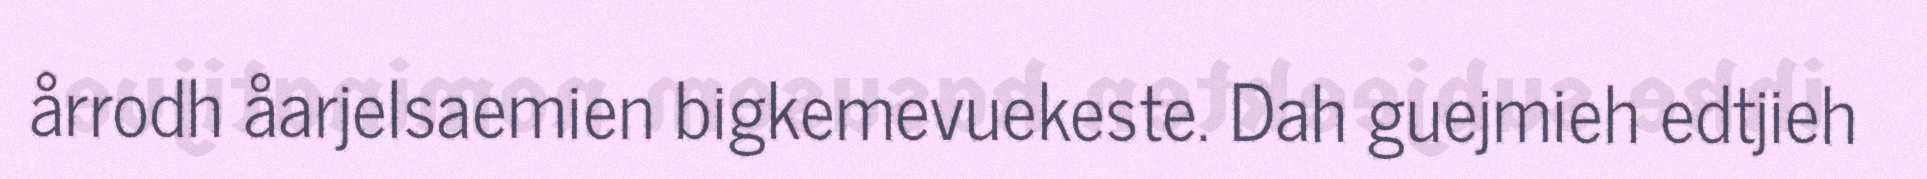
årrodh åarjelsaemien bigkemevuekeste. Dah guejmieh edtjieh